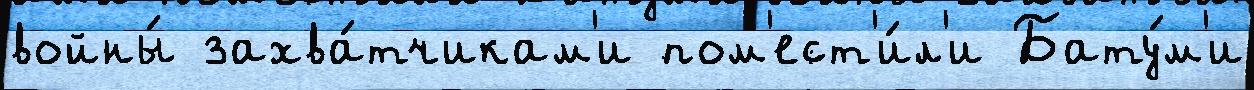
войны́ захва́тчикам'и пом'ест'и́л'и Бату́м'и